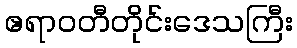
ဧရာဝတီတိုင်းဒေသကြီး